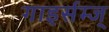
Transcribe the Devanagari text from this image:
गाइर्सम्ज्